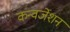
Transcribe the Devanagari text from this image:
कन्वर्जेशन